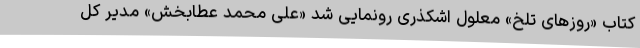
کتاب «روزهای تلخ» معلول اشکذری رونمایی شد «علی محمد عطابخش» مدیر کل